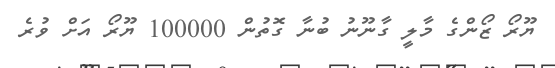
ޔޫރޯ ޒޯންގެ މާލީ ގާނޫނު ބުނާ ގޮތުން 100000 ޔޫރޯ އަށް ވުރެ